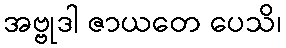
အဗ္ဗုဒါ ဇာယတေ ပေသိ၊